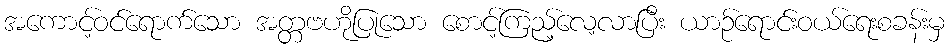
အကောင့်ဝင်ရောက်သော အတ္တဗဟိုပြုသော စောင့်ကြည့်လေ့လာပြီး ယာဉ်ရောင်းဝယ်ရေးစခန်းမှ